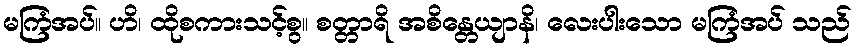
မကြံအပ်။ ဟိ၊ ထိုစကားသင့်စွ။ စတ္တာရိ အစိန္တေယျာနိ၊ လေးပါးသော မကြံအပ် သည်